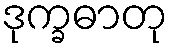
ဒုက္ခဓာတု